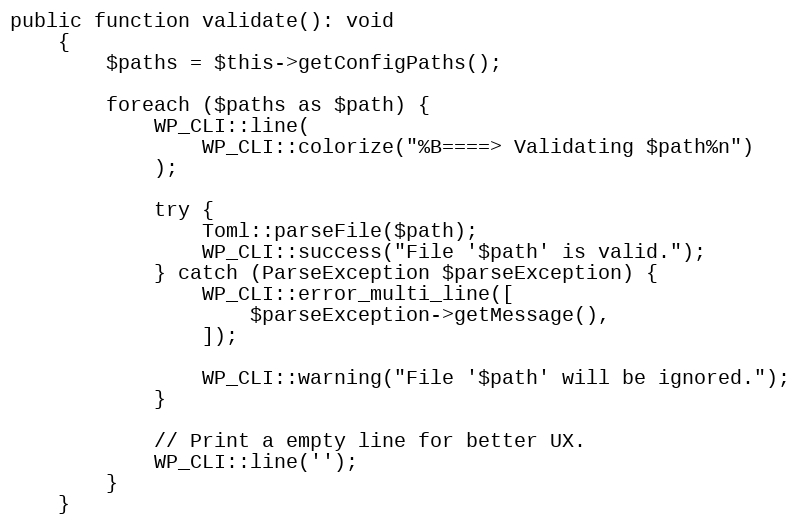
Language: PHP
public function validate(): void
    {
        $paths = $this->getConfigPaths();

        foreach ($paths as $path) {
            WP_CLI::line(
                WP_CLI::colorize("%B====> Validating $path%n")
            );

            try {
                Toml::parseFile($path);
                WP_CLI::success("File '$path' is valid.");
            } catch (ParseException $parseException) {
                WP_CLI::error_multi_line([
                    $parseException->getMessage(),
                ]);

                WP_CLI::warning("File '$path' will be ignored.");
            }

            // Print a empty line for better UX.
            WP_CLI::line('');
        }
    }